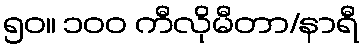
၅၀။ ၁၀၀ ကီလိုမီတာ/နာရီ